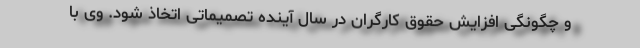
و چگونگی افزایش حقوق کارگران در سال آینده تصمیماتی اتخاذ شود. وی با